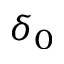
\delta _ { 0 }